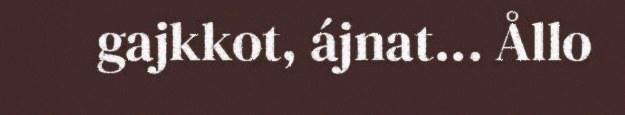
gajkkot, ájnat... Ållo